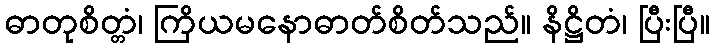
ဓာတုစိတ္တံ၊ ကြိယမနောဓာတ်စိတ်သည်။ နိဋ္ဌိတံ၊ ပြီးပြီ။